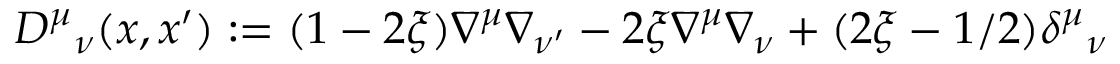
{ \cal D } ^ { \mu } { } _ { \nu } ( x , x ^ { \prime } ) : = ( 1 - 2 \xi ) \nabla ^ { \mu } \nabla _ { \nu ^ { \prime } } - 2 \xi \nabla ^ { \mu } \nabla _ { \nu } + ( 2 \xi - 1 / 2 ) \delta ^ { \mu } { } _ { \nu }